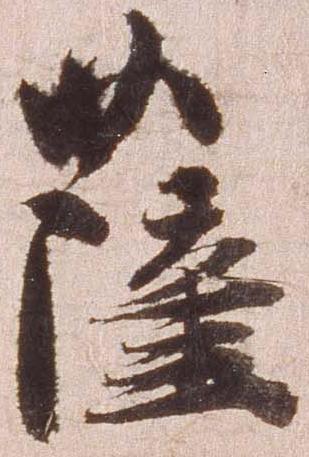
薩